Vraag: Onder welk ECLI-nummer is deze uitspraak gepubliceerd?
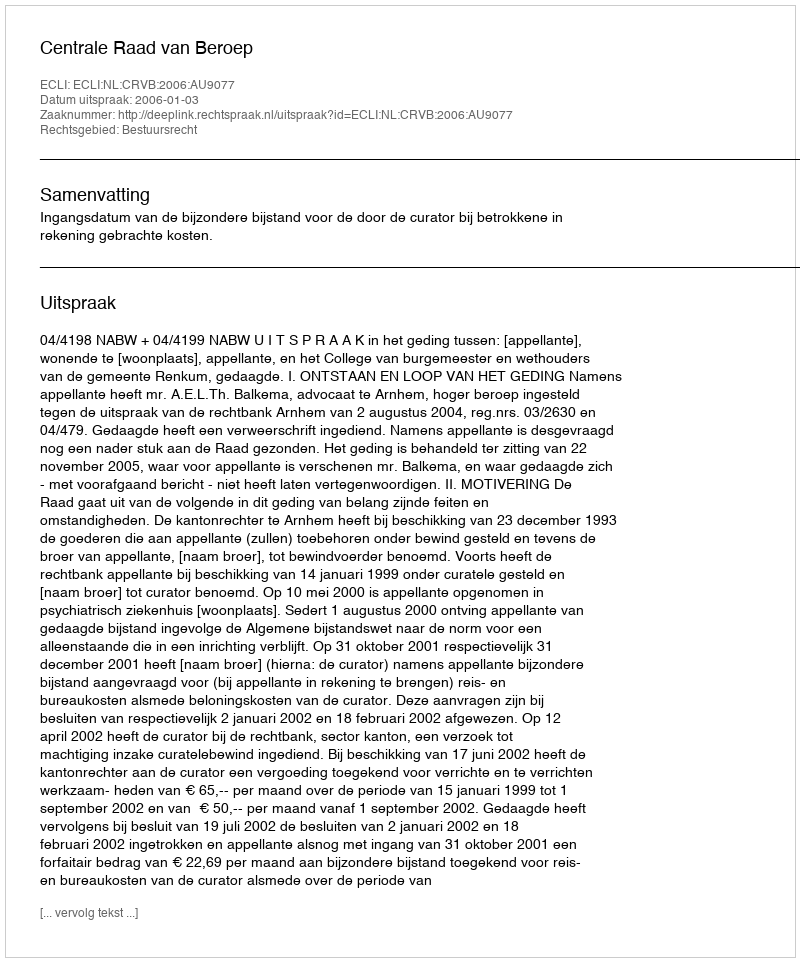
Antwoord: ECLI:NL:CRVB:2006:AU9077